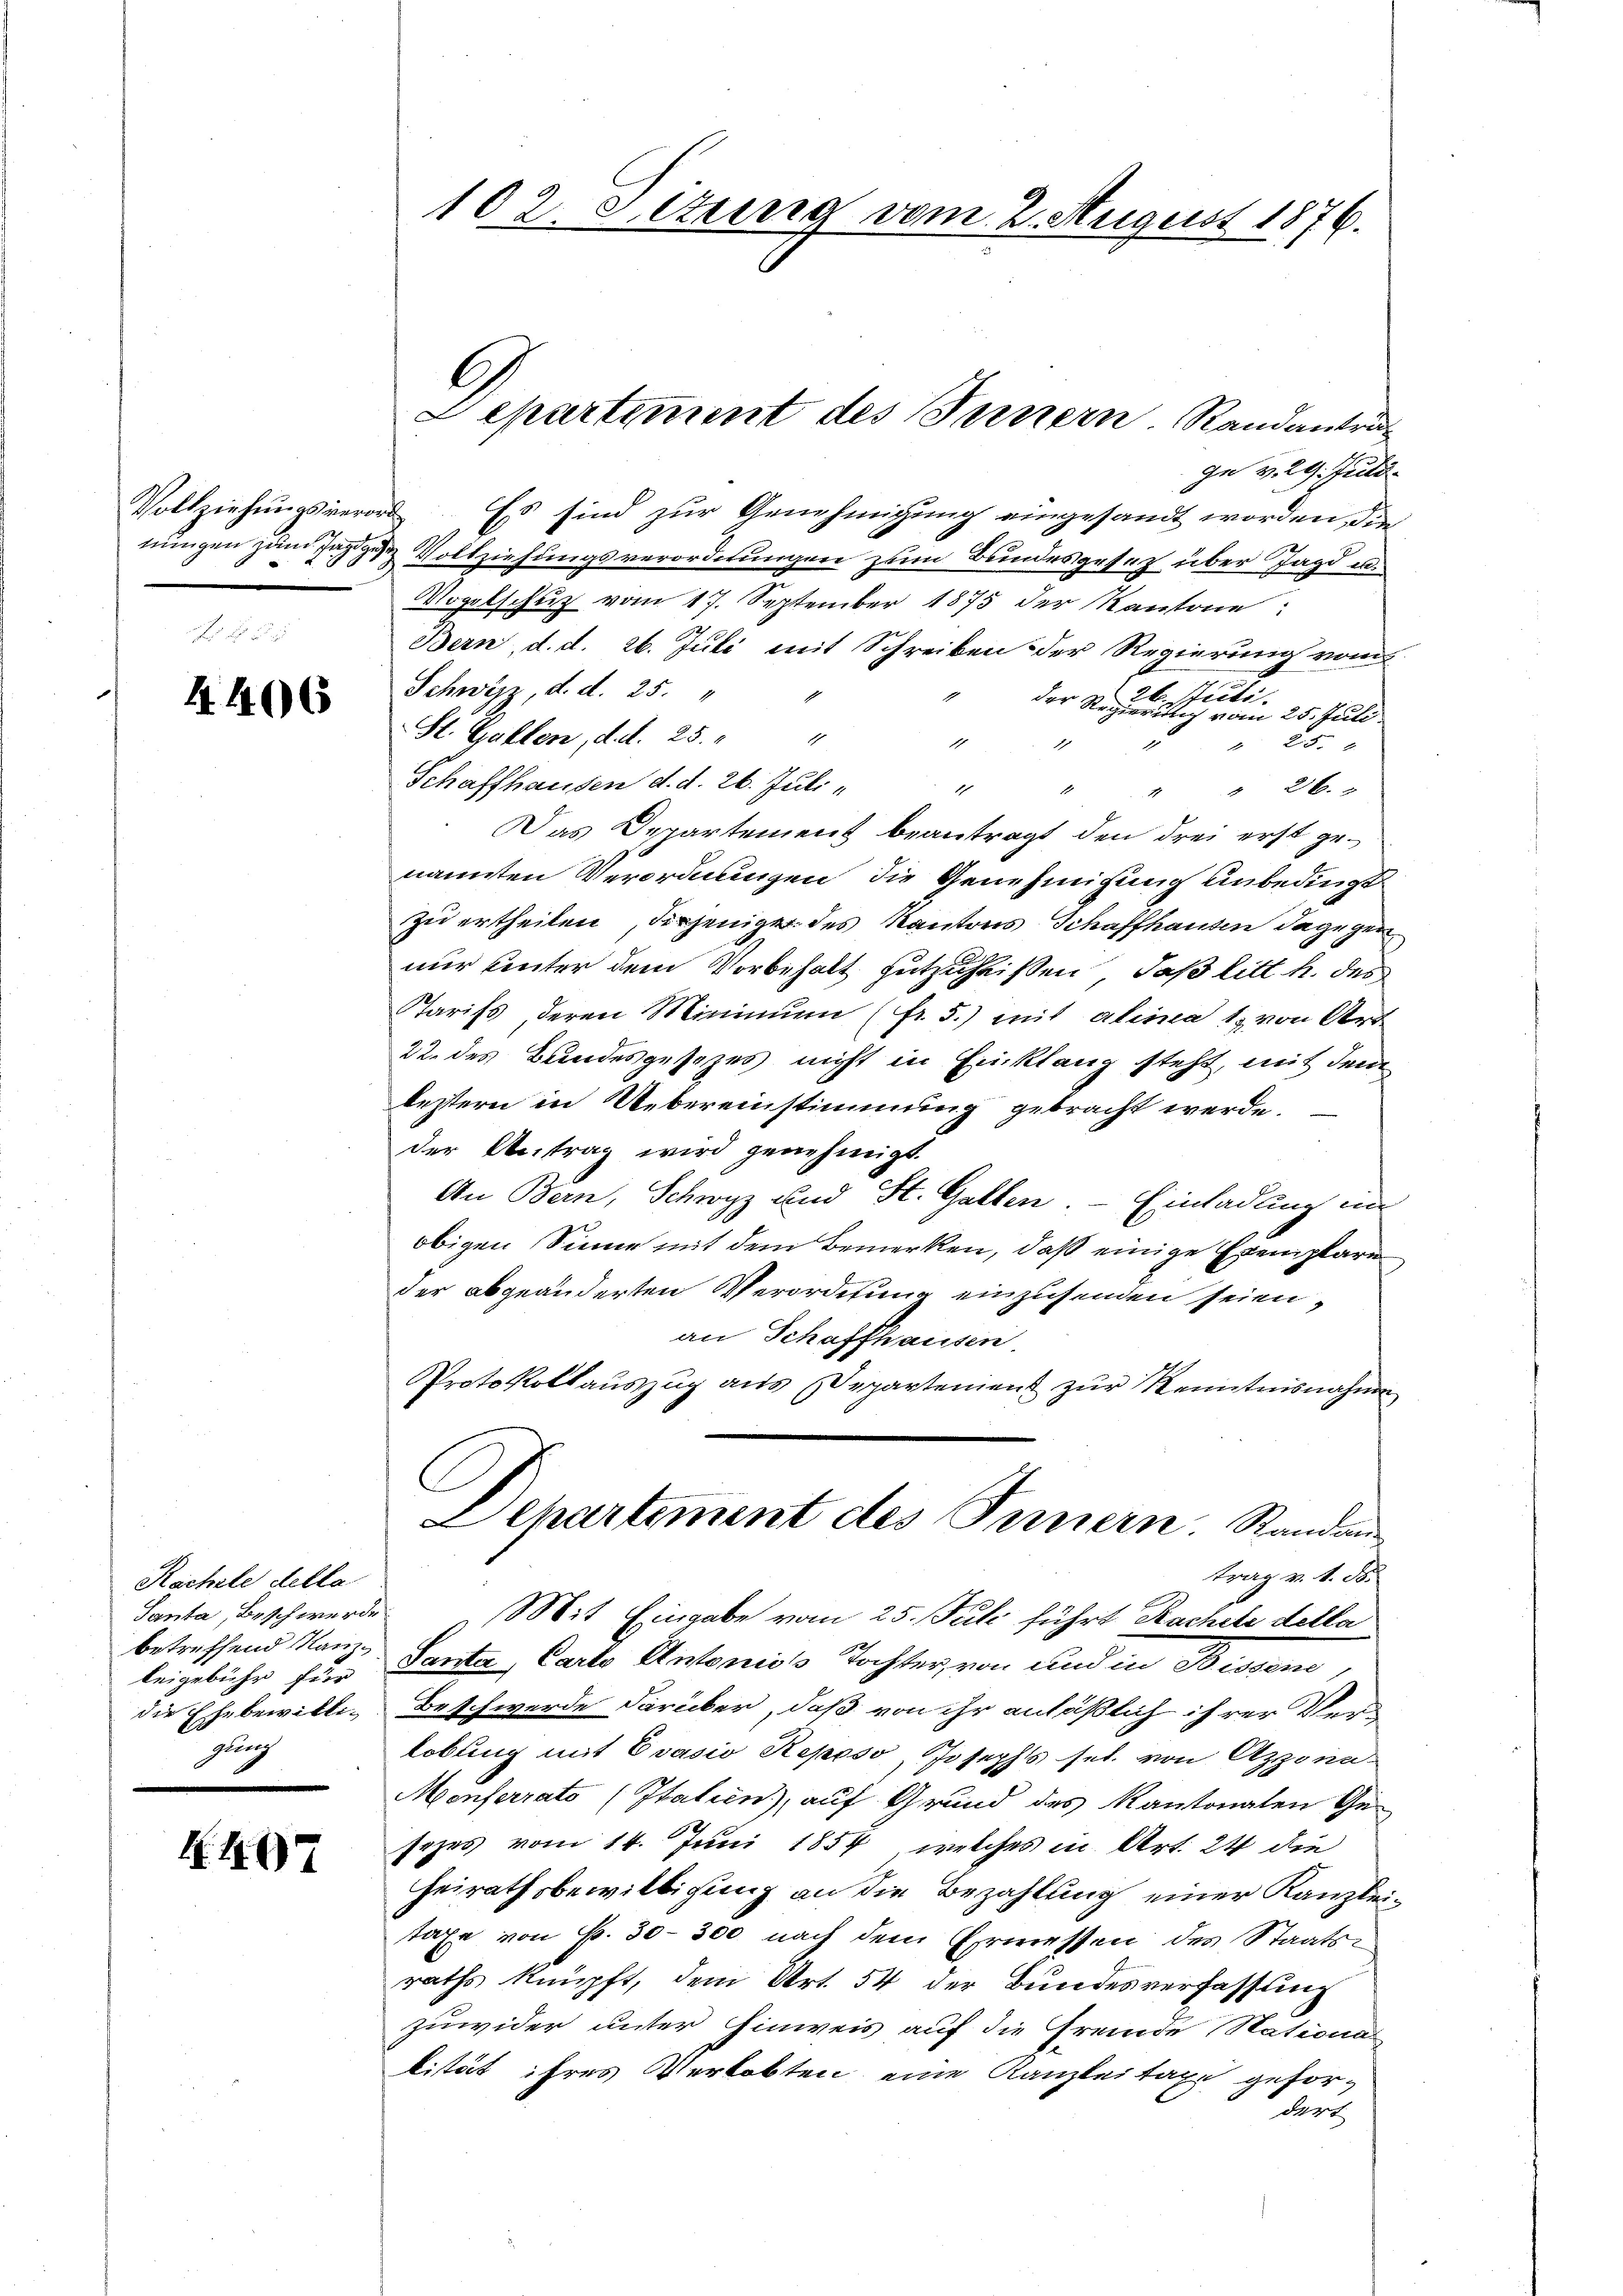
4406

Rächele della
Santa, Beschwerde
betreffend Kanzbeigebühr für
die Ehebewilliglung

X407

102. Litung vom 2. August 1876.

Ie v. 29. Juli
Vollziehungsverord. Es sind zur Genehmigung eingesandt worden, die
nungen zum Jahre Vollziehungsverordnungen zum Bundesgesetz über Jagd u.
Vogelschuß vom 17. September 1875 der Kantone:
Bern, d. d. 26. Juli mit Schreiben der Regierung vom
Schwyz, d. d. 25. „
20. Studi
der Regierung vom 25. Juli.
St. Gallen, d. d. 25.
1
4 " " 25.
Schaffhausen d. d. 26. Juli
1 " " " 26.
Das Departement beantragt den drei erst genannten Verordnungen die Genehmigung unbedingt
zu ertheilen, diejeniger des Kantons Schaffhausen dagegennur unter dem Vorbehalt gutzuheißen, daß litt h. des
Tarifs, deren Minimum (fr. 5.) mit alinea 1, von Art
22. des Bundesgesezes nicht in Einklang steht, mit dem
leztern in Uebereinstimmung gebracht werde.
der Antrag wird genehmigt.
An Bern, Schwyz und St. Gallen. — Einladung ein
obigen Sinne mit dem Bemerken, daß einige Exemplare
der abgeänderten Verordnung einzusenden seien,
an Schaffhausen.
Protokollauszug aus Departement zur Kenntnisnahme
Aepartiment des Innern. Standan
trag v. 1. d.
Mit Eingabe vom 25. Juli führt Rachele della
Santa, Carto Antonioss Tochter von und in Bessen,
Beschwerde darüber, daß von ihr anläßlich ihrer Verlobung mit Ovasio Reposo Josephs sel. von Azzonn-
Monferrato (Italien), auf Grund des Kantonalen Gesezes vom 14. Juni 1857, welches in Art. 24 die
Heirathsbewilligung an die Bezahlung einer Kanzleitaxe von Fr. 30-300 nach dem Ermessen des Staatsraths knüpft, dem Art. 54 der Bundesverfassung
zuwider unter Hinweis auf die Fremde Stationa
lität ihres Verlobten eine Kanzleitaxe gefor-
ders

Departement des Fernern. Randantra